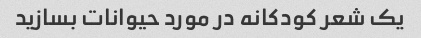
یک شعر کودکانه در مورد حیوانات بسازید